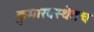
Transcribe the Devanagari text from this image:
कुमारवस्थेतच